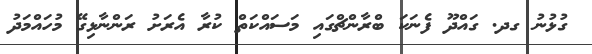
ގުޅުނު ގދ. ގައްދޫ ފެނަކަ ބްރާންޗްގައި މަސައްކަތް ކުރާ އެރަށު ރަންނާޅިގޭ މުހައްމަދު